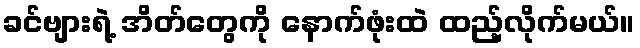
ခင်ဗျားရဲ့ အိတ်တွေကို နောက်ဖုံးထဲ ထည့်လိုက်မယ်။